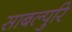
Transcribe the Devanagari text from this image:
साबल्पुरि